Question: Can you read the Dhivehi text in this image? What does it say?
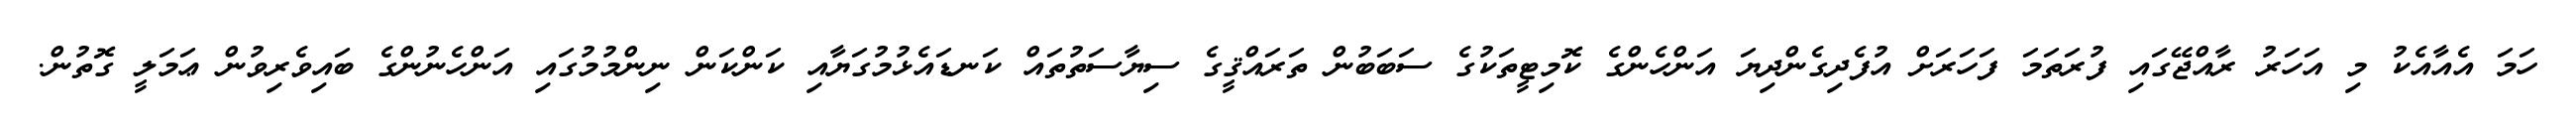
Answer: ހަމަ އެއާއެކު މި އަހަރު ރާއްޖޭގައި ފުރަތަމަ ފަހަރަށް އުފެދިގެންދިޔަ އަންހެންގެ ކޮމިޓީތަކުގެ ސަބަބުން ތަރައްޤީގެ ސިޔާސަތުތައް ކަނޑައެޅުމުގަޔާއި ކަންކަން ނިންމުމުގައި އަންހެނުންގެ ބައިވެރިވުން ޢަމަލީ ގޮތުން.